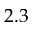
2 . 3